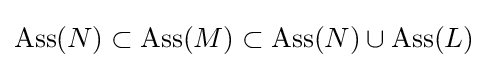
\operatorname {Ass} (N)\subset \operatorname {Ass} (M)\subset \operatorname {Ass} (N)\cup \operatorname {Ass} (L)